Vaccination Hyderabad 1872-1889 - 1872-1889
Year: 1872
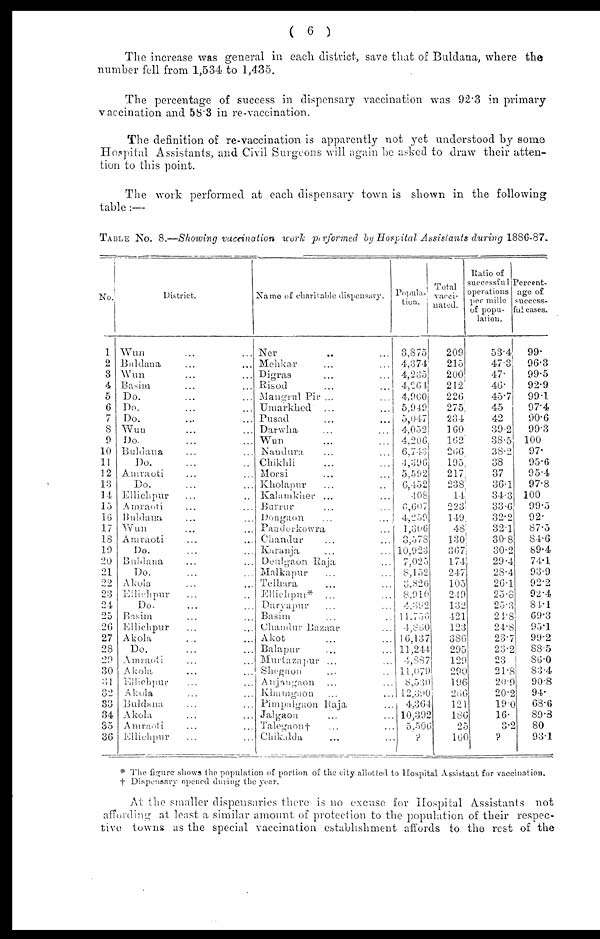
( 6 )
The increase was general in each district, save that of Buldana, where the
number fell from 1,534 to 1,435.
The percentage of success in dispensary vaccination was 92.3 in primary
vaccination and 58.3 in re-vaccination.
The definition of re-vaccination is apparently not yet understood by some
Hospital Assistants, and Civil Surgeons will again be asked to draw their atten-
tion to this point.
The work performed at each dispensary town is shown in the following
table:—
TABLE No. 8.—Showing vaccination work performed by Hospital Assistants during 1886-87.
No.
1
2
3
4
5
6
7
8
9
10
11
12
13
14
15
16
17
18
19
20
21
22
23
24
25
26
27
28
29
30
31
32
33
34
35
36
District.
Wun ... ...
Buldana ... ...
Wun ... ...
Basim ... ...
Do. ... ...
Do. ... ...
Do. ... ...
Wun ... ...
Do. ... ...
Buldana ... ...
Do. ... ...
Amraoti ... ...
Do. ... ...
Ellichpur ... ...
Amraoti ... ...
Buldana ... ...
Wun ... ...
Amraoti ... ...
Do. ... ...
Buldana ... ...
Do. ... ...
Akola ... ...
Ellichpur ... ...
Do. ... ...
Basim ... ...
Ellichpur ... ...
Akola ... ...
Do. ... ...
Amraoti ... ...
Akola ... ...
Ellichpur ... ...
Akola ... ...
Buldana ... ...
Akola ... ...
Amraoti ... ...
Ellichpur ... ...
Name of charitable dispensary.
Ner ... ...
Mehkar ... ...
Digras ... ...
Risod ... ...
Mangrul Pir ... ...
Umarkhed ... ...
Pusad ... ...
Darwha ... ...
Wun ... ...
Nandura ... ...
Chikhli ... ...
Morsi ... ...
Kholapur ... ...
Kalamkher ... ...
Burrur ... ...
Dongaon ... ...
Panderkowra ... ...
Chandur ... ...
Karanja ... ...
Deulgaon Raja ... ...
Malkapur ... ...
Telhara ... ...
Ellichpur ... ...
Daryapur ... ...
Basim ... ...
Chandur Bazaar ... ...
Akot ... ...
Balapur ... ...
Murtazapur ... ...
Shegaon ... ...
Anjangaon ... ...
Khamgaon ... ...
Pimpalgaon Raja ... ...
Jalgaon ... ...
Talegaon† ... ...
Chikalda ... ...
Popula-
tion.
3,875
4,374
4,235
4,264
4,900
5,949
5,047
4,052
4,206
6,743
4,396
5,592
6,452
408
6,607
4,259
1,306
3,578
10,923
7,025
8,152
3,820
8,910
4,392
11,756
4,860
16,137
11,244
4,887
11,079
8,530
12,390
4,364
10,392
5,506
?
Total
vacci-
nated.
209
215
200
212
226
275
234
160
162
266
195
217
238
14
223
149
48
130
367
174
247
105
249
132
421
123
386
295
129
290
196
266
121
186
25
160
Ratio of
successful
operations
per mille
of popu-
lation.
53.4
47.3
47.
46.
45.7
45
42
39.2
38.5
38.2
38
37
36.1
34.3
33.6
32.2
32.1
30.8
30.2
29.4
28.4
26.1
25.8
25.3
21.8
24.8
23.7
23.2
23
21.8
20.9
20.2
19.0
16.
3.2
?
Percent-
age of
success-
ful cases.
99.
96.3
99.5
92.9
99.1
97.4
90.6
99.3
100
97.
95.6
95.4
97.8
100
99.5
92.
87.5
84.6
89.4
74.1
93.9
92.2
92.4
84.1
69.3
95.1
99.2
88.5
86.0
83.4
90.8
94.
68.6
89.3
80
93.1
* The figure shows the population of portion of the city allotted to Hospital Assistant for vaccination.
† Dispensary opened during the year.
At the smaller dispensaries there is no excuse for Hospital Assistants not
affording at least a similar amount of protection to the population of their respec-
tive towns as the special vaccination establishment affords to the rest of the